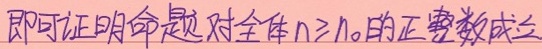
即可证明命题对全体\(n\geq n_0\)的正整数成立